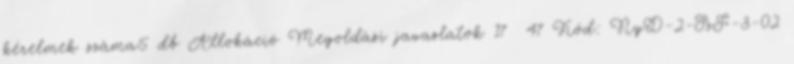
kérelmek száma5 db Allokáció Megoldási javaslatok 17 47 Kód: NyD-2-SzF-3-02